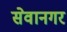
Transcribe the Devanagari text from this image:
सेवानगर